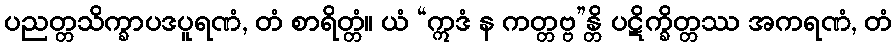
ပညတ္တသိက္ခာပဒပူရဏံ, တံ စာရိတ္တံ။ ယံ “ဣဒံ န ကတ္တဗ္ဗ”န္တိ ပဋိက္ခိတ္တဿ အကရဏံ, တံ